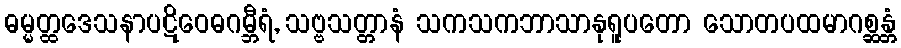
ဓမ္မတ္ထဒေသနာပဋိဝေဓဂမ္ဘီရံ, သဗ္ဗသတ္တာနံ သကသကဘာသာနုရူပတော သောတပထမာဂစ္ဆန္တံ